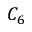
C _ { 6 }